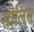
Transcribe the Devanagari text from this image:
सीलिस